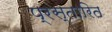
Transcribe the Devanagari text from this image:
प्रस्तारित